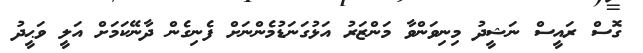
ގޮސް ރައީސް ނަޝީދު މިނިވަންވާ މަންޒަރު އަޅުގަނަޑުމެންނަށް ފެނިގެން ދާނޭކަމަށް އަލީ ވަޙީދު